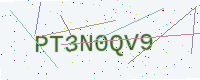
Text: PT3N0QV9